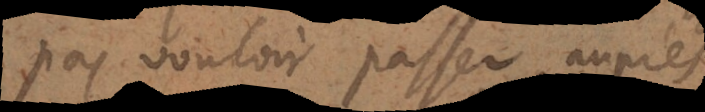
pas vouloir passer aup